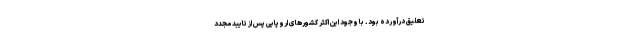
تعلیق درآورده بود. با وجود این اکثر کشورهای اروپایی پس از تایید مجدد